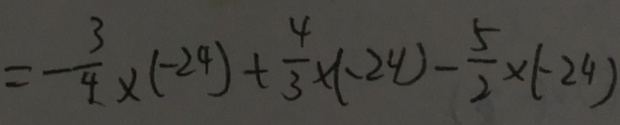
= - \frac { 3 } { 4 } \times ( - 2 4 ) + \frac { 4 } { 3 } \times ( - 2 4 ) - \frac { 5 } { 2 } \times ( - 2 4 )